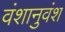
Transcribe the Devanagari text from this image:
वंशानुवंश